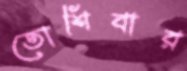
তোশিবার